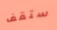
ستقف